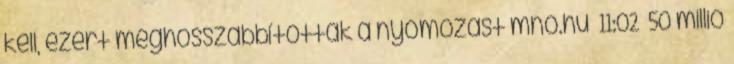
kell, ezért meghosszabbították a nyomozást mno.hu 11:02 50 millió